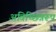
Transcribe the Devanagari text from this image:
अविच्छिन्नरूप